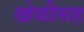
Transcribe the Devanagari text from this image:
खेळीसह